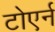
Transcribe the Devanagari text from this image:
टोएर्न